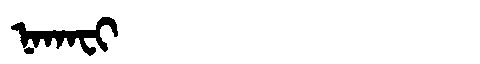
Manchu: ᠨᠠᡴᠠᠸᡳ
Romanization: NAKAFI